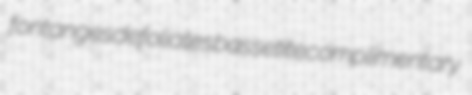
fontanges defoliates bassetite complimentary